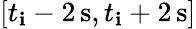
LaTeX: [t_{\mathbf{i}}-2\, \mathrm{s},t_{\mathbf{i}}+2\, \mathrm{s}]